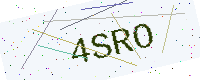
Text: 4SRO